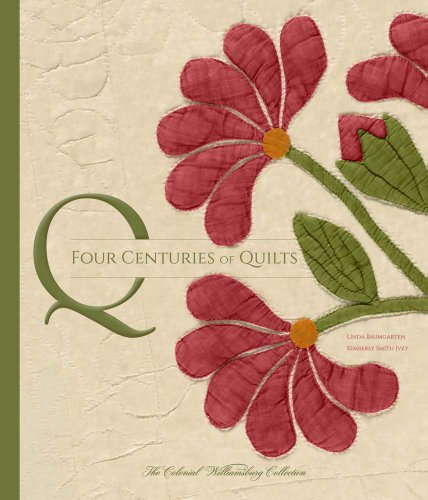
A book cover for Four Centuries of Quilts: The Colonial Williamsburg Collection (Colonial Williamsburg Foundation); Linda Baumgarten; Crafts, Hobbies & Home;